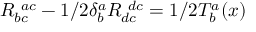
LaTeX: { \cal R } _ { b c } ^ { ~ a c } - 1 / 2 \delta _ { b } ^ { a } { \cal R } _ { d c } ^ { ~ d c } = 1 / 2 { \cal T } _ { b } ^ { a } ( x )